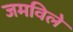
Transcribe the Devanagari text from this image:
जमविले